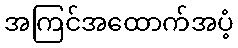
အကြင်အထောက်အပံ့